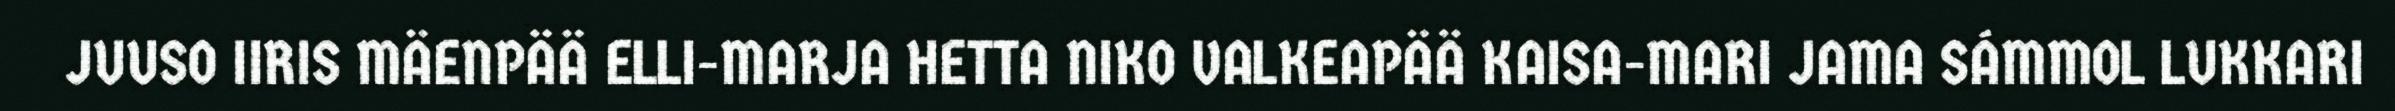
JUUSO IIRIS MÄENPÄÄ ELLI-MARJA HETTA NIKO VALKEAPÄÄ KAISA-MARI JAMA SÁMMOL LUKKARI